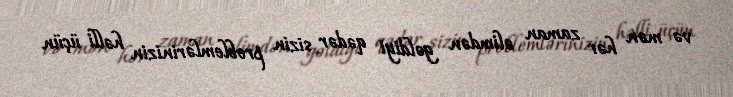
və mən hər zaman əlimdən gəldiyi qədər sizin problemlərinizin həlli üçün